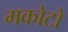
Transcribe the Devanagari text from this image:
मकोटो